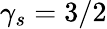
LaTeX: \gamma_{s}=3/2